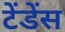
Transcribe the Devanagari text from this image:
टेंडेंस